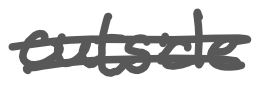
Text: outside
Cross-out: double-line
Writing tool: digital_gray